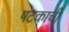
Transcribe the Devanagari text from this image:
षटकाची